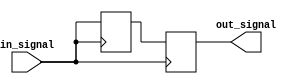
module transmission_gate_delay (
    input wire in_signal,
    output reg out_signal
);

reg delay_signal1;
reg delay_signal2;

assign out_signal = delay_signal2;

// Delay mechanism using transmission gates
always @(posedge in_signal)
begin
    delay_signal1 <= in_signal;
    delay_signal2 <= delay_signal1;
end

endmodule